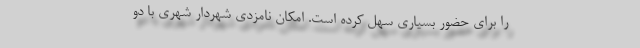
را برای حضور بسیاری سهل کرده است. امکان نامزدی شهردار شهری با دو